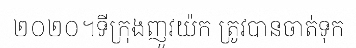
២០២០។ទីក្រុងញូវយ៉ក ត្រូវបានចាត់ទុក